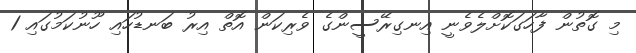
މި ގޮތުން ފާހަގަކޮށްލެވެނީ އިނގިރޭސީންގެ ވެރިކަން އޮތް އިރު ބަނޑުހައި ހޫނުކަމުގައި 1